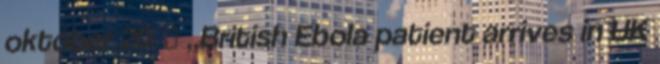
október 20. ↑ „British Ebola patient arrives in UK